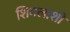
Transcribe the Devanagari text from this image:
शिमलाशी